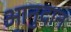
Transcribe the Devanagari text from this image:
आनुदान